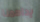
يداهمنا